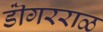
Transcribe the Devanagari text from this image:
डॊंगरराळ